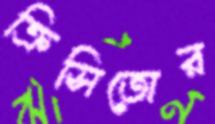
ক্রিসিতোর